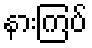
နားကြပ်